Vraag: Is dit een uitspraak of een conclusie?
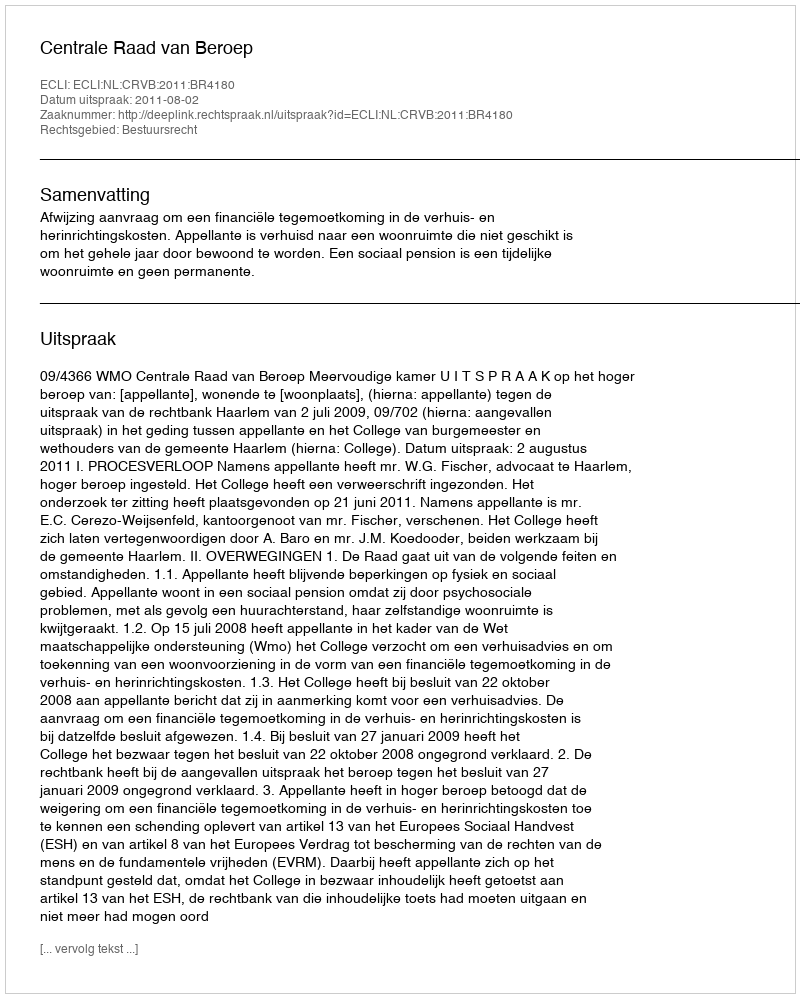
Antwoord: Uitspraak